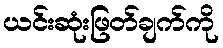
ယင်းဆုံးဖြတ်ချက်ကို